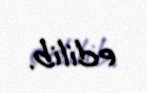
edilib.